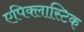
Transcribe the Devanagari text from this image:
एपिक्लास्टिक